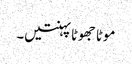
موٹا جھوٹا پہنتیں۔